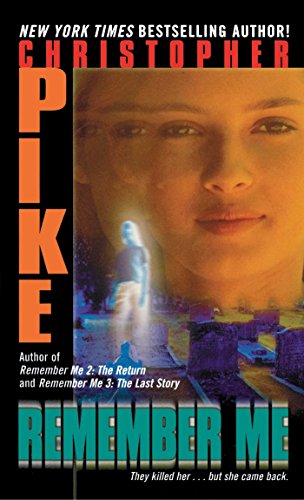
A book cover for Remember Me; Christopher Pike; Teen & Young Adult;